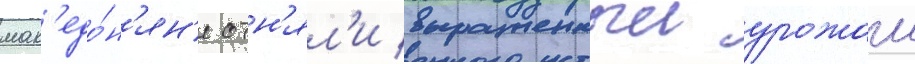
мак'едо́н'ян'е отн'ял'и выращенныи урожаи